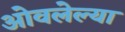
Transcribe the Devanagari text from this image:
ओवलेल्या